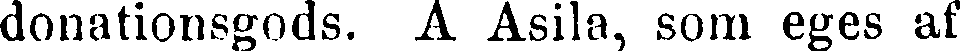
donationsgods. A Asila, som eges af